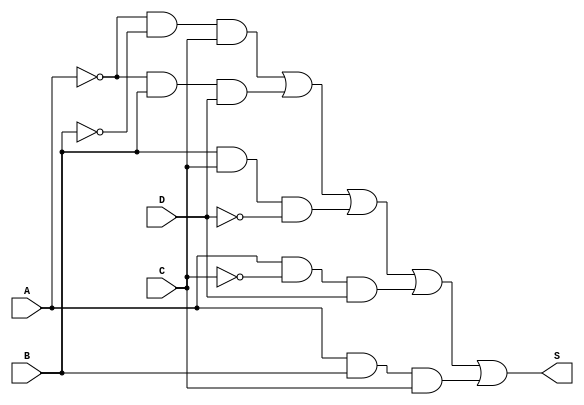
// S = A'B'C + A'BD + BCD' + AC'D + ABC

module circuito(input A, input B, input C, input D,
                output S);
    wire NOTA, NOTB, NOTC, NOTD;
    wire ANDS1, ANDS2, ANDS3, ANDS4, ANDS5;
    
    not NOT1(NOTA, A);
    not NOT2(NOTB, B);
    not NOT3(NOTC, C);
    not NOT4(NOTD, D);
    
    and AND1(ANDS1, NOTA, NOTB, C);
    and AND2(ANDS2, NOTA, B, D);
    and AND3(ANDS3, B, C, NOTD);
    and AND4(ANDS4, A, NOTC, D);
    and AND5(ANDS5, A, B, C);
    
    or OR1(S, ANDS1, ANDS2, ANDS3, ANDS4, ANDS5);
endmodule

module teste();
    reg A, B, C, D;
    wire S;
    
    circuito CIRC(A, B, C, D, S);
    
    reg [3:0] COUNTER; // contador
    
    initial begin
        $monitor("%b%b%b%b => %b (%d)", A, B, C, D, S, COUNTER);
        
        COUNTER = 0;
        while (COUNTER < 15)
            #1 COUNTER = COUNTER + 1;
    end
    always @ (COUNTER) begin
        A = COUNTER[3];
        B = COUNTER[2];
        C = COUNTER[1];
        D = COUNTER[0];
    end
endmodule